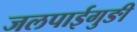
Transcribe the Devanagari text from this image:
जलपाईगुङी